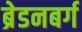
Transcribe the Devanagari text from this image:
ब्रेडनबर्ग